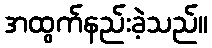
အထွက်နည်းခဲ့သည်။